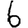
Digit: 6